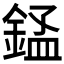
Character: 𬫬